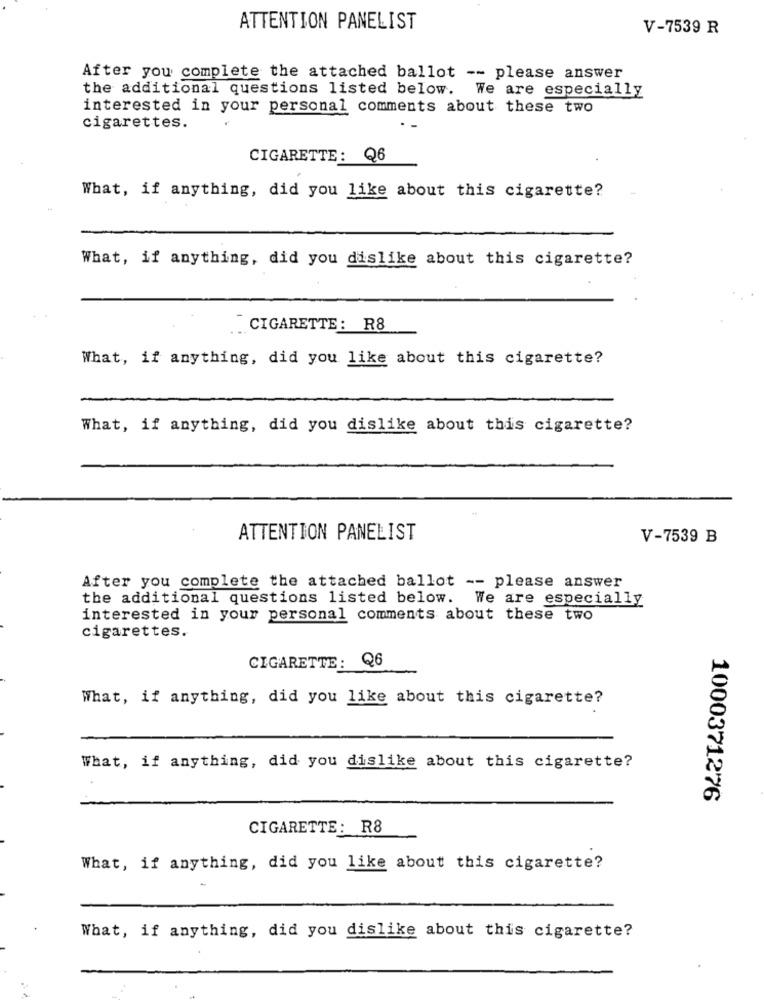
ATTENTION PANELIST
V-7539 R
After you complete the attached ballot -- please answer
the additional questions listed below. We are especially
interested in your personal comments about these two
cigarettes.
CIGARETTE: Q6
What, if anything, did you like about this cigarette?
What, if anything, did you dislike about this cigarette?
CIGARETTE: R8
What, if anything, did you like about this cigarette?
What, if anything, did you dislike about this cigarette?
ATTENTION PANELIST
V-7539 B
After you complete the attached ballot -- please answer
the additional questions listed below. We are especially
interested in your personal comments about these two
cigarettes.
CIGARETTE: Q6
What, if anything, did you like about this cigarette?
What, if anything, did you dislike about this cigarette?
1000371276
CIGARETTE: R8
What, if anything, did you like about this cigarette?
What, if anything, did you dislike about this cigarette?